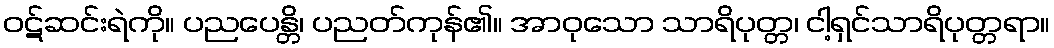
ဝဋ်ဆင်းရဲကို။ ပညပေန္တိ၊ ပညတ်ကုန်၏။ အာဝုသော သာရိပုတ္တ၊ ငါ့ရှင်သာရိပုတ္တရာ။